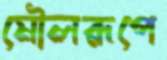
মৌলরূপে